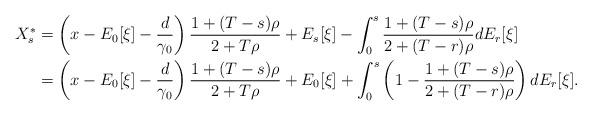
LaTeX: \begin{align*}X_s^*&=\left( x-E_0[\xi] -\frac{d}{\gamma_0} \right) \frac{1+(T-s)\rho}{2+T\rho}+ E_s[\xi] - \int_0^s \frac{1+(T-s)\rho}{2+(T-r)\rho} dE_r[\xi]\\&=\left( x-E_0[\xi] -\frac{d}{\gamma_0} \right) \frac{1+(T-s)\rho}{2+T\rho}+ E_0[\xi] + \int_0^s \left(1-\frac{1+(T-s)\rho}{2+(T-r)\rho}\right) dE_r[\xi].\end{align*}